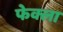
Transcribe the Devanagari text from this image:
फेक्ला